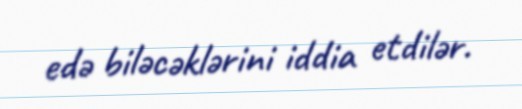
edə biləcəklərini iddia etdilər.